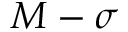
M - \sigma